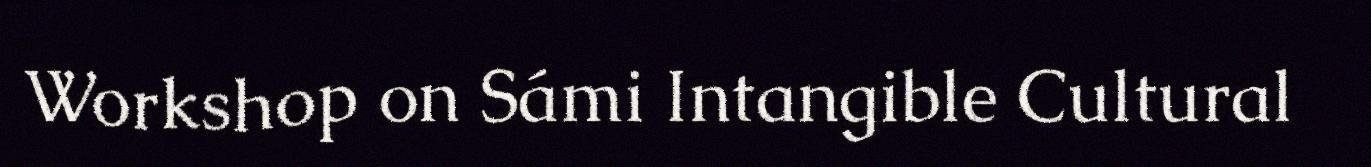
Workshop on Sámi Intangible Cultural